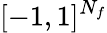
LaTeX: [-1,1]^{N_{f}}